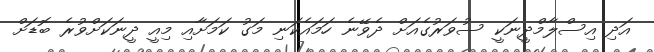
އަދި އިސްލާމްދީނަކީ ސުވަރުގެއަށް ދެވޭނެ ހަމައެކަނި މަގު ކަަމަށާއި މިއީ ދީނަކަށްވުރެ ބޮޑަށް